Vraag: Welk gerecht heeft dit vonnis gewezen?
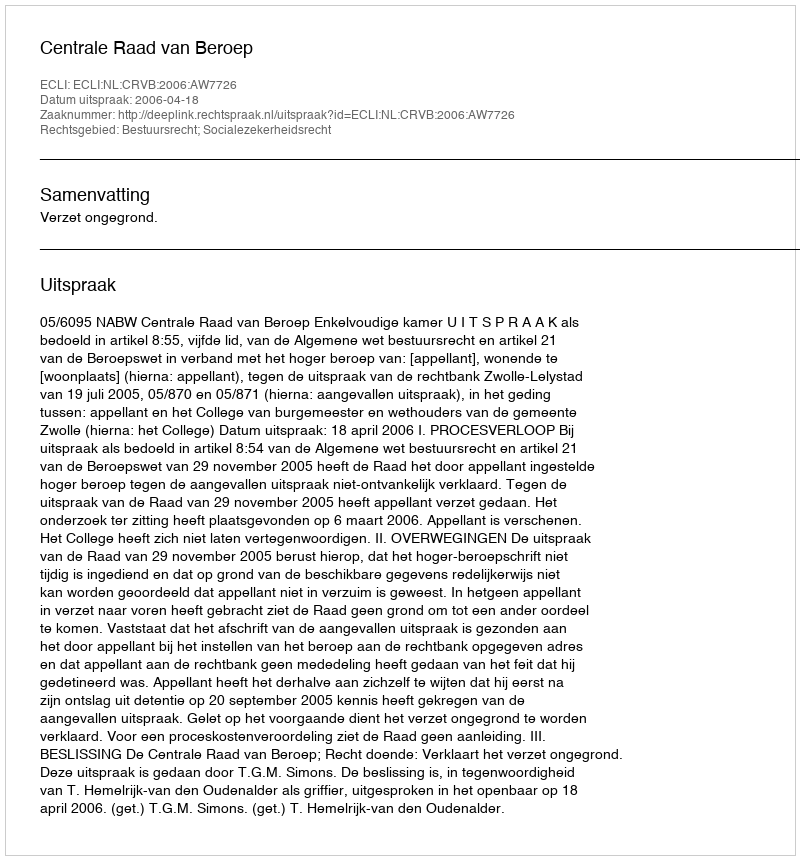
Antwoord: Centrale Raad van Beroep